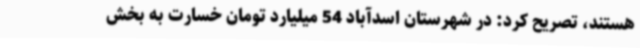
هستند، تصریح کرد: در شهرستان اسدآباد 54 میلیارد تومان خسارت به بخش